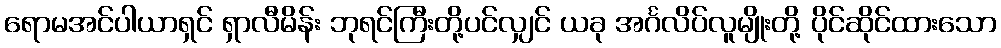
ရောမအင်ပါယာရှင် ရှာလီမိန်း ဘုရင်ကြီးတို့ပင်လျှင် ယခု အင်္ဂလိပ်လူမျိုးတို့ ပိုင်ဆိုင်ထားသော